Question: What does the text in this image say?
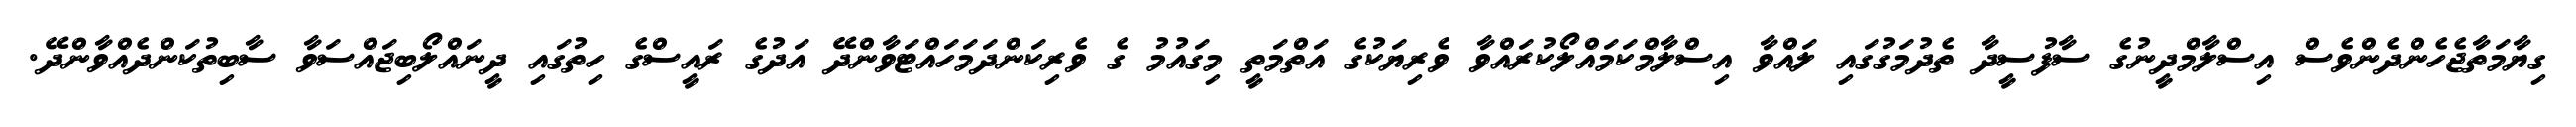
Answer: ގިޔާމަތާޖެހެންދެންވެސް އިސްލާމްދީނުގެ ސާފުސީދާ ތެދުމަގުގައި ލައްވާ އިސްލާމްކަމައްލޯކުރައްވާ ވެރިޔަކުގެ އަތްމަތީ މިގައުމު ގެ ވެރިކަންދަމަހައްޓަވާންދޭ އަދުގެ ރައީސްގެ ހިތުގައި ދީނައްލޯބިޖައްސަވާ ސާބިތުކަންދެއްވާންދޭ.